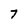
Character: 7